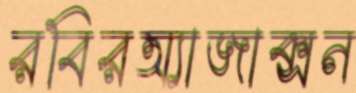
রবিরঅ্যাজাক্সন